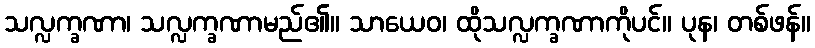
သလ္လက္ခဏာ၊ သလ္လက္ခဏာမည်၏။ သာယေဝ၊ ထိုသလ္လက္ခဏာကိုပင်။ ပုန၊ တစ်ဖန်။